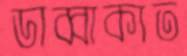
ডাব্বাকাত